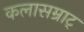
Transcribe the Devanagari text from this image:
कलासम्राट्